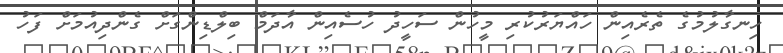
ހިނގާލުމުގެ ތެރެއިން ހައްޔަރުކުރި މީހުން ސަހީދު ހުސެއިން އާދަމް ބިލްޑިންގަށް ގެންދިއުމަށް ފަހު